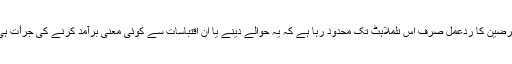
اس پر ان کے معترضین کا ردّعمل صرف اس تلملاہٹ تک محدود رہا ہے کہ یہ حوالے دینے یا ان اقتباسات سے کوئی معنی برآمد کرنے کی جرأت ہی کیونکر کی گئی۔